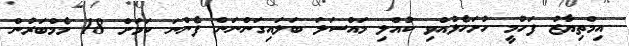
އިމްތިޔާޒު ފަހުމީ ހުށަހެޅުއްވި ކުއްލި މައްސަލަ ބަލައިގަންނަން ފެންނަ ކަމަށް 18 މެމްބަރުން